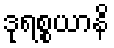
ဒုရစ္စယာနိ